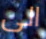
الى